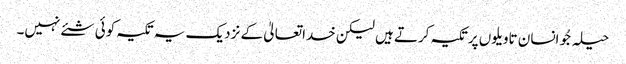
حیلہ جُو انسان تاویلوں پرتکیہ کرتے ہیں لیکن خداتعالیٰ کے نزدیک یہ تکیہ کوئی شئے نہیں۔